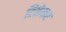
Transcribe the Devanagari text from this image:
टिळेकर